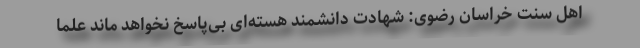
اهل سنت خراسان رضوی: شهادت دانشمند هسته‌ای بی‌پاسخ نخواهد ماند علما